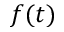
f ( t )